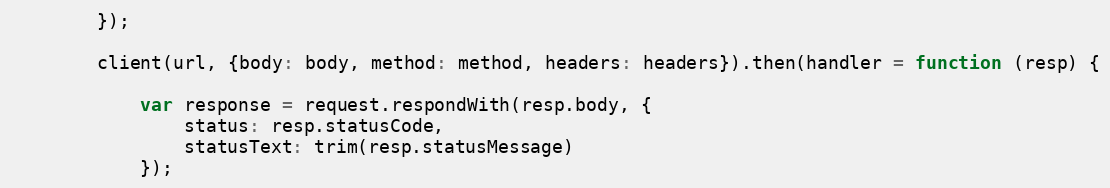
Language: JavaScript
        });

        client(url, {body: body, method: method, headers: headers}).then(handler = function (resp) {

            var response = request.respondWith(resp.body, {
                status: resp.statusCode,
                statusText: trim(resp.statusMessage)
            });